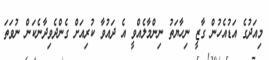
މިއަދުގެ އަޑުއެހުން ގާޒީ ނިހާޔަތު ނިންމާލެއްވީ އެ ދައުވާ ކުރިއަށް ގެންދެވިދާނެކަން ނުވަތަ